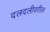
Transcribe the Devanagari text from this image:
दलदलीवरील